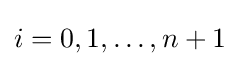
i=0,1,\dots ,n+1